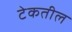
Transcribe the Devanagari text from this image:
टेकतील